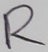
Text: R